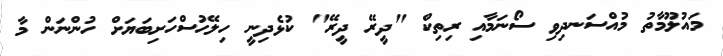
މައުލޫމާތު މުއްސަނދިވި ސޯނަމާއި ރިތިކް "ދީރޭ ދީރޭ" ކުޅެދިނީ ހިލޭހުސްހަށިބަޔަށް ހުންނަން މާ